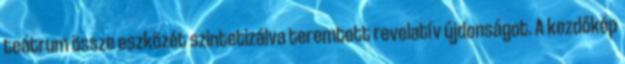
teátrum össze eszközét szintetizálva teremtett revelatív újdonságot. A kezdőkép